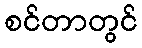
စင်တာတွင်